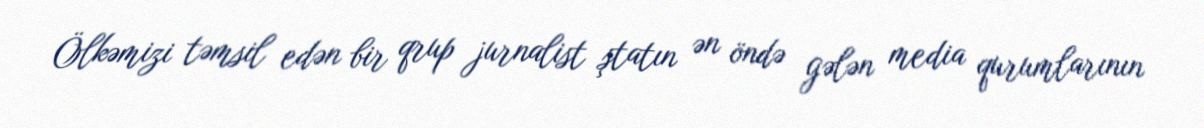
Ölkəmizi təmsil edən bir qrup jurnalist ştatın ən öndə gələn media qurumlarının